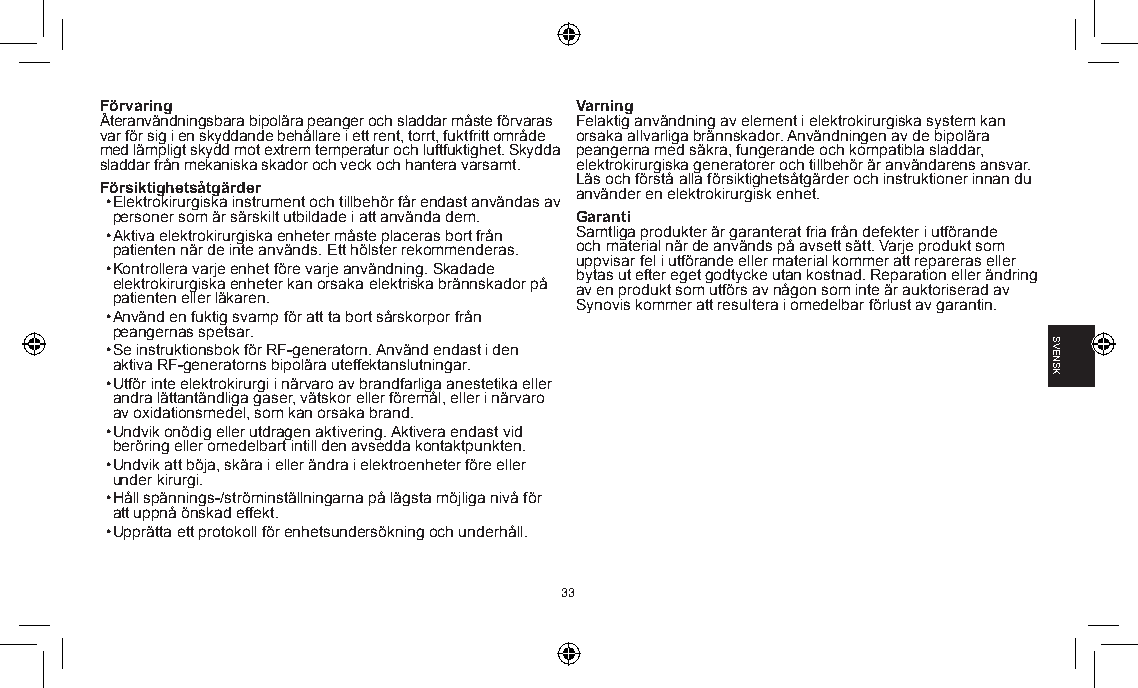
Förvaring                      Varning
 Återanvändningsbara bipolära peanger och sladdar måste förvaras Felaktig användning av element i elektrokirurgiska system kan
 var för sig i en skyddande behållare i ett rent, torrt, fuktfritt område orsaka allvarliga brännskador. Användningen av de bipolära
 med lämpligt skydd mot extrem temperatur och luftfuktighet. Skydda peangerna med säkra, fungerande och kompatibla sladdar,
 sladdar från mekaniska skador och veck och hantera varsamt. elektrokirurgiska generatorer och tillbehör är användarens ansvar.
 Läs och förstå alla försiktighetsåtgärder och instruktioner innan du
 Försiktighetsåtgärder          använder en elektrokirurgisk enhet.
 • Elektrokirurgiska instrument och tillbehör får endast användas av
 personer som är särskilt utbildade i att använda dem. Garanti
 • Aktiva elektrokirurgiska enheter måste placeras bort från Samtliga produkter är garanterat fria från defekter i utförande
 patienten när de inte används. Ett hölster rekommenderas. och material när de används på avsett sätt. Varje produkt som
 uppvisar fel i utförande eller material kommer att repareras eller
 • Kontrollera varje enhet före varje användning. Skadade bytas ut efter eget godtycke utan kostnad. Reparation eller ändring
 elektrokirurgiska enheter kan orsaka elektriska brännskador på av en produkt som utförs av någon som inte är auktoriserad av
 patienten eller läkaren.       Synovis kommer att resultera i omedelbar förlust av garantin.
 • Använd en fuktig svamp för att ta bort sårskorpor från
 peangernas spetsar.
 • Se instruktionsbok för RF-generatorn. Använd endast i den
 aktiva RF-generatorns bipolära uteffektanslutningar.
 • Utför inte elektrokirurgi i närvaro av brandfarliga anestetika eller
 andra lättantändliga gaser, vätskor eller föremål, eller i närvaro
 av oxidationsmedel, som kan orsaka brand.
 • Undvik onödig eller utdragen aktivering. Aktivera endast vid
 beröring eller omedelbart intill den avsedda kontaktpunkten.
 • Undvik att böja, skära i eller ändra i elektroenheter före eller
 under kirurgi.
 • Håll spännings-/ströminställningarna på lägsta möjliga nivå för
 att uppnå önskad effekt.
 • Upprätta ett protokoll för enhetsundersökning och underhåll.
 33
 SVENSK